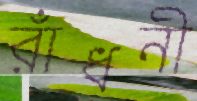
রাঁধনী